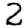
Digit: 2